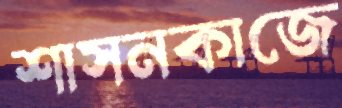
শাসনকাজে